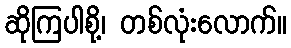
ဆိုကြပါစို့၊ တစ်လုံးလောက်။